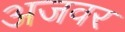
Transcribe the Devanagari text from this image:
अजवर